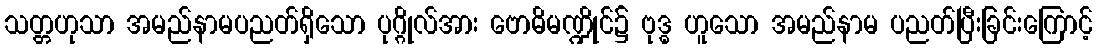
သတ္တဟုသာ အမည်နာမပညတ်ရှိသော ပုဂ္ဂိုလ်အား ဗောဓိမဏ္ဍိုင်၌ ဗုဒ္ဓ ဟူသော အမည်နာမ ပညတ်ပြီးခြင်းကြောင့်